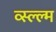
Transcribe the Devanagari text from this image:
व्स्ल्ल्म